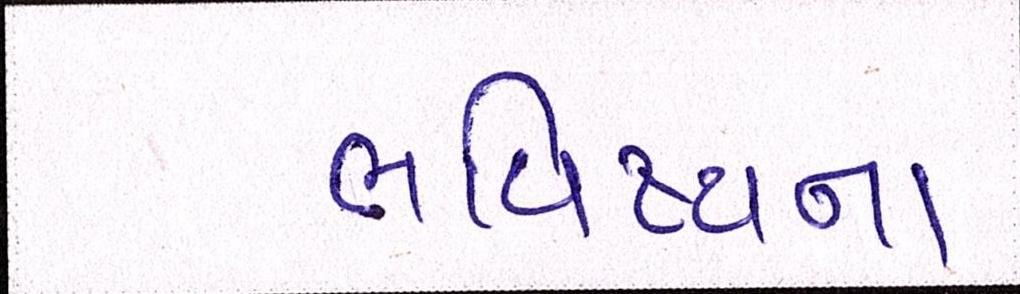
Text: ભવિષ્યના